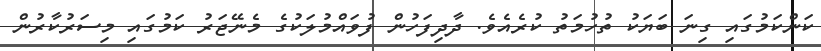
ކަންކަމުގައި ގިނަ ބަޔަކު ތުހުމަތު ކުރެއެވެ. ދާދިފަހުން ފުވައްމުލަކުގެ މެނޭޖަރު ކަމުގައި މިސަރުކާރުން